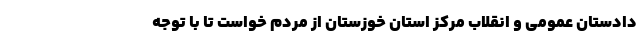
دادستان عمومی و انقلاب مرکز استان خوزستان از مردم خواست تا با توجه